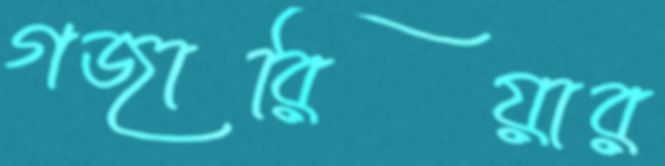
গজারিয়ার